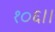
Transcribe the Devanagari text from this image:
१०६।।